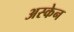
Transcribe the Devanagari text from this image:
अस्केन